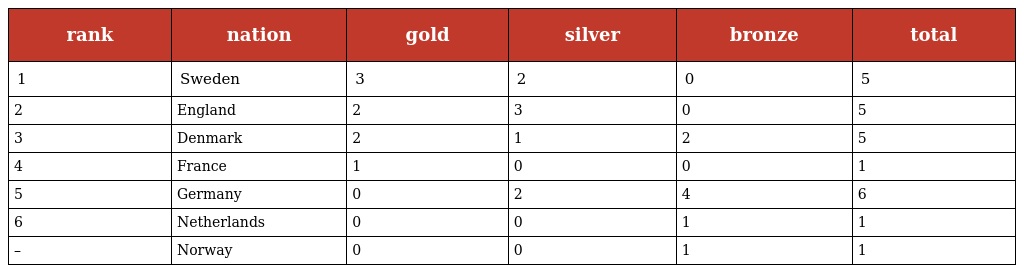
| rank | nation | gold | silver | bronze | total |
 | --- | --- | --- | --- | --- | --- |
 | 1 | Sweden | 3 | 2 | 0 | 5 |
 | 2 | England | 2 | 3 | 0 | 5 |
 | 3 | Denmark | 2 | 1 | 2 | 5 |
 | 4 | France | 1 | 0 | 0 | 1 |
 | 5 | Germany | 0 | 2 | 4 | 6 |
 | 6 | Netherlands | 0 | 0 | 1 | 1 |
 | – | Norway | 0 | 0 | 1 | 1 |